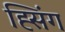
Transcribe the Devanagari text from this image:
ह्सिंग